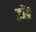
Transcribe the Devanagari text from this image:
डोंद्र